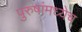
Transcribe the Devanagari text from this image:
पुरुषांमध्येच